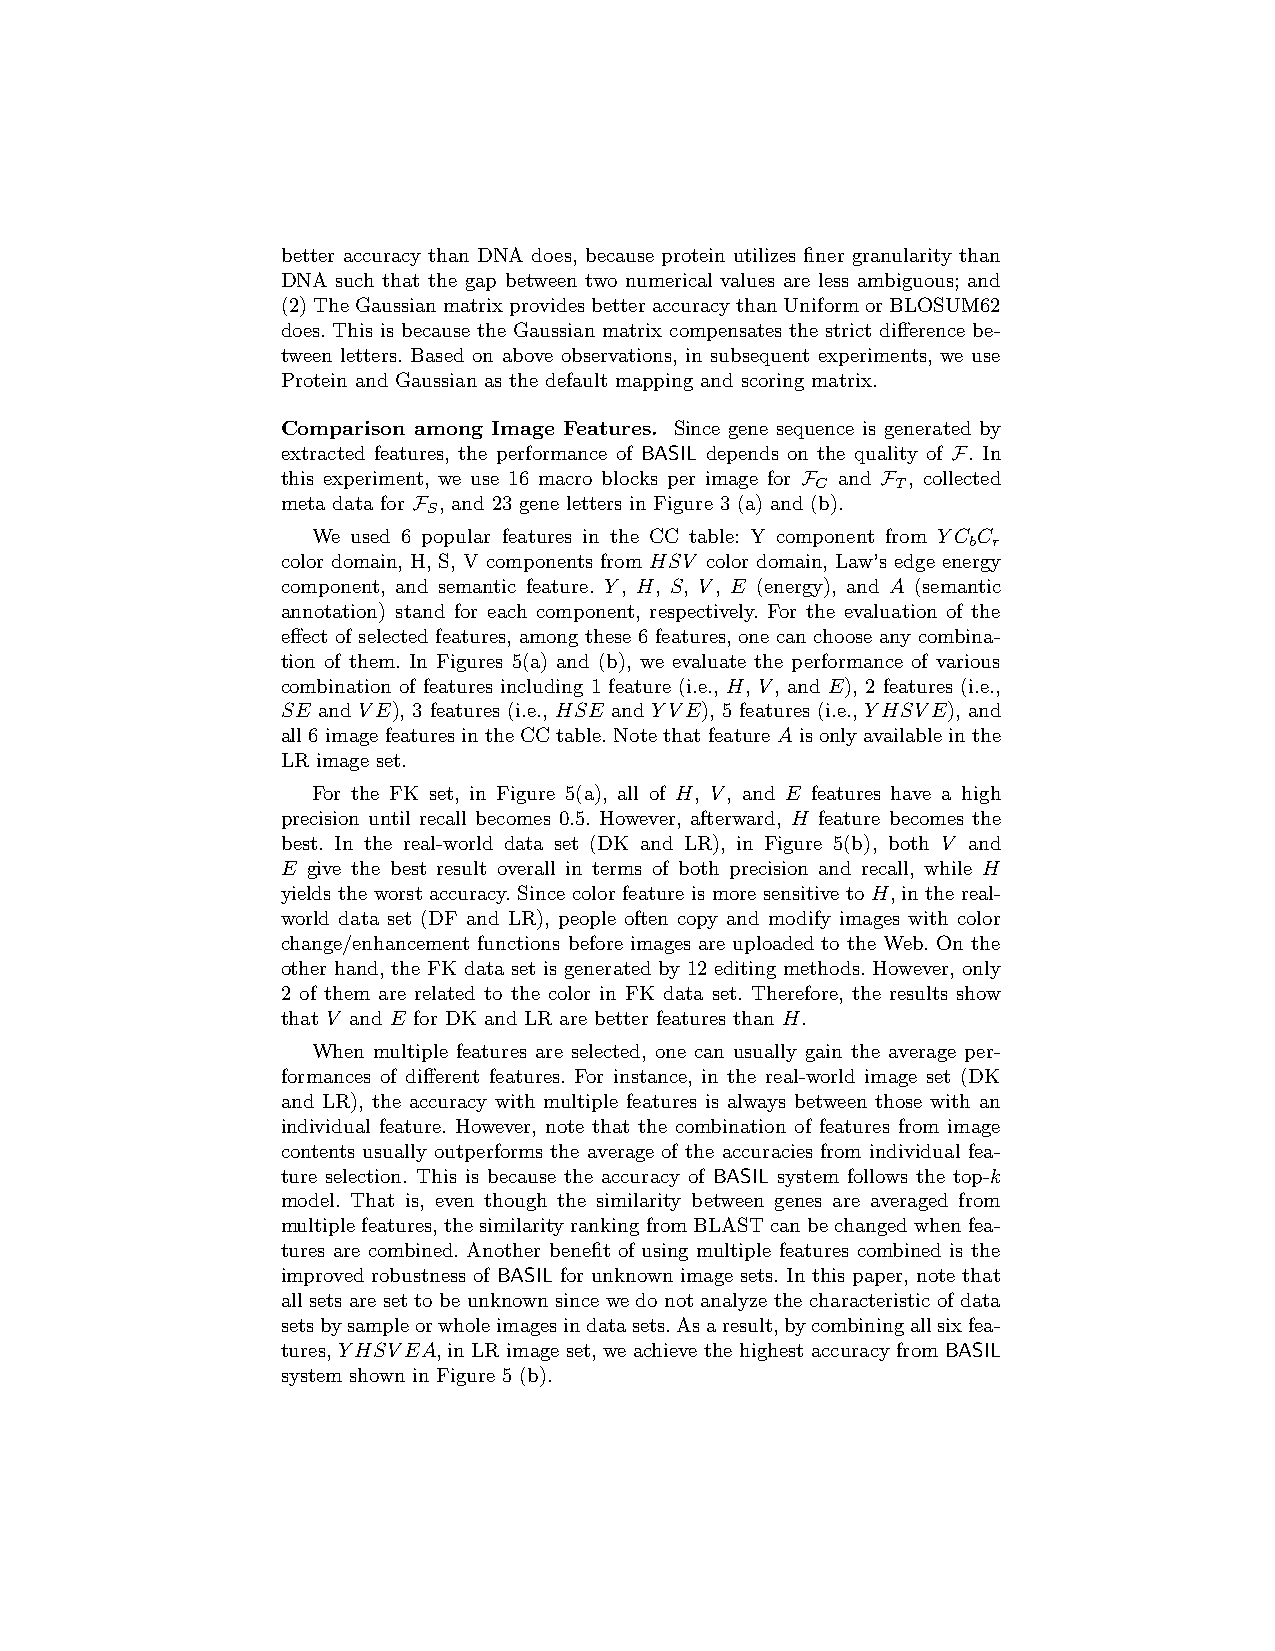
better accuracy than DNA does, because protein utilizes finer granularity than
 DNA such that the gap between two numerical values are less ambiguous; and
 (2)TheGaussianmatrixprovidesbetteraccuracythanUniformorBLOSUM62
 does. This is because the Gaussian matrix compensates the strict difference be-
 tween letters. Based on above observations, in subsequent experiments, we use
 Protein and Gaussian as the default mapping and scoring matrix.
 Comparison among Image Features. Since gene sequence is generated by
 extracted features, the performance of BASIL depends on the quality of F. In
 this experiment, we use 16 macro blocks per image for F and F , collected
 C    T
 meta data for F , and 23 gene letters in Figure 3 (a) and (b).
 S
 We used 6 popular features in the CC table: Y component from YC C
 b r
 color domain, H, S, V components from HSV color domain, Law’s edge energy
 component, and semantic feature. Y, H, S, V, E (energy), and A (semantic
 annotation) stand for each component, respectively. For the evaluation of the
 effect of selected features, among these 6 features, one can choose any combina-
 tion of them. In Figures 5(a) and (b), we evaluate the performance of various
 combination of features including 1 feature (i.e., H, V, and E), 2 features (i.e.,
 SE and VE), 3 features (i.e., HSE and YVE), 5 features (i.e., YHSVE), and
 all 6 image features in the CC table. Note that feature A is only available in the
 LR image set.
 For the FK set, in Figure 5(a), all of H, V, and E features have a high
 precision until recall becomes 0.5. However, afterward, H feature becomes the
 best. In the real-world data set (DK and LR), in Figure 5(b), both V and
 E give the best result overall in terms of both precision and recall, while H
 yields the worst accuracy. Since color feature is more sensitive to H, in the real-
 world data set (DF and LR), people often copy and modify images with color
 change/enhancement functions before images are uploaded to the Web. On the
 other hand, the FK data set is generated by 12 editing methods. However, only
 2 of them are related to the color in FK data set. Therefore, the results show
 that V and E for DK and LR are better features than H.
 When multiple features are selected, one can usually gain the average per-
 formances of different features. For instance, in the real-world image set (DK
 and LR), the accuracy with multiple features is always between those with an
 individual feature. However, note that the combination of features from image
 contents usually outperforms the average of the accuracies from individual fea-
 ture selection. This is because the accuracy of BASIL system follows the top-k
 model. That is, even though the similarity between genes are averaged from
 multiplefeatures,thesimilarityrankingfromBLASTcanbechangedwhenfea-
 tures are combined. Another benefit of using multiple features combined is the
 improved robustness of BASIL for unknown image sets. In this paper, note that
 all sets are set to be unknown since we do not analyze the characteristic of data
 setsbysampleorwholeimagesindatasets.Asaresult,bycombiningallsixfea-
 tures, YHSVEA, in LR image set, we achieve the highest accuracy from BASIL
 system shown in Figure 5 (b).